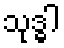
သုဒ္ဓါ